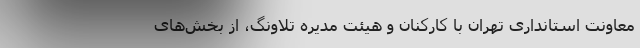
معاونت استانداری تهران با کارکنان و هیئت مدیره‌ تلاونگ، از بخش‌های